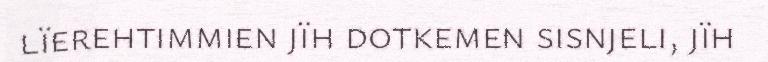
lïerehtimmien jïh dotkemen sisnjeli, jïh